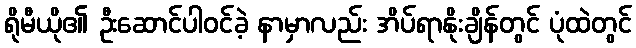
ရိုမီယို၏ ဦးဆောင်ပါဝင်ခဲ့ နာမှာလည်း အိပ်ရာနိုးချိန်တွင် ပုံထဲတွင်